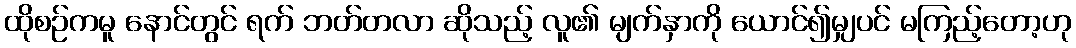
ထိုစဉ်ကမူ နောင်တွင် ရက် ဘတ်တလာ ဆိုသည့် လူ၏ မျက်နှာကို ယောင်၍မျှပင် မကြည့်တော့ဟု